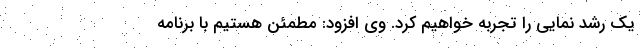
یک رشد نمایی را تجربه خواهیم کرد. وی افزود: مطمئن هستیم با برنامه